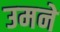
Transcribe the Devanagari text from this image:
उमने